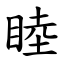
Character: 睦